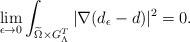
\begin{align*}\lim_{\epsilon\rightarrow 0}\int_{\widetilde\Omega\times G_\Lambda^T}|\nabla(d_\epsilon-d)|^2=0.\end{align*}